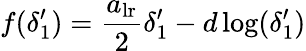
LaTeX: f(\delta_{1}^{\prime})=\frac{a_{\mathrm{lr}}}{2}\delta_{1}^{\prime}-d\log(\delta_{1}^{\prime})